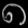
Digit: ၈